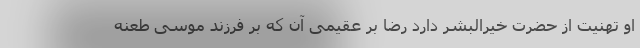
او تهنیت از حضرت خیرالبشر دارد رضا بر عقیمى آن که بر فرزند موسى طعنه